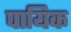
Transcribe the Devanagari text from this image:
पायिक